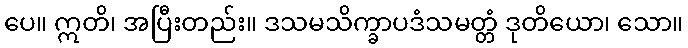
ပေ။ ဣတိ၊ အပြီးတည်း။ ဒသမသိက္ခာပဒံသမတ္တံ ဒုတိယော၊ သော။